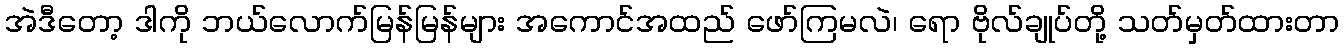
အဲဒီတော့ ဒါကို ဘယ်လောက်မြန်မြန်များ အကောင်အထည် ဖော်ကြမလဲ၊ ရော ဗိုလ်ချုပ်တို့ သတ်မှတ်ထားတာ